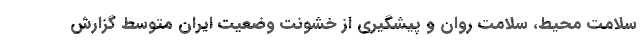
سلامت محیط، سلامت روان و پیشگیری از خشونت وضعیت ایران متوسط گزارش